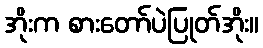
အိုးက စားတော်ပဲပြုတ်အိုး။